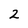
Character: 2